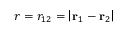
r = r _ { 1 2 } = \left| \mathbf { r } _ { 1 } - \mathbf { r } _ { 2 } \right|